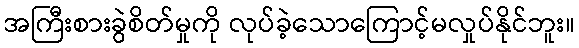
အကြီးစားခွဲစိတ်မှုကို လုပ်ခဲ့သောကြောင့်မလှုပ်နိုင်ဘူး။